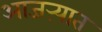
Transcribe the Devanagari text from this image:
आजऱ्यात